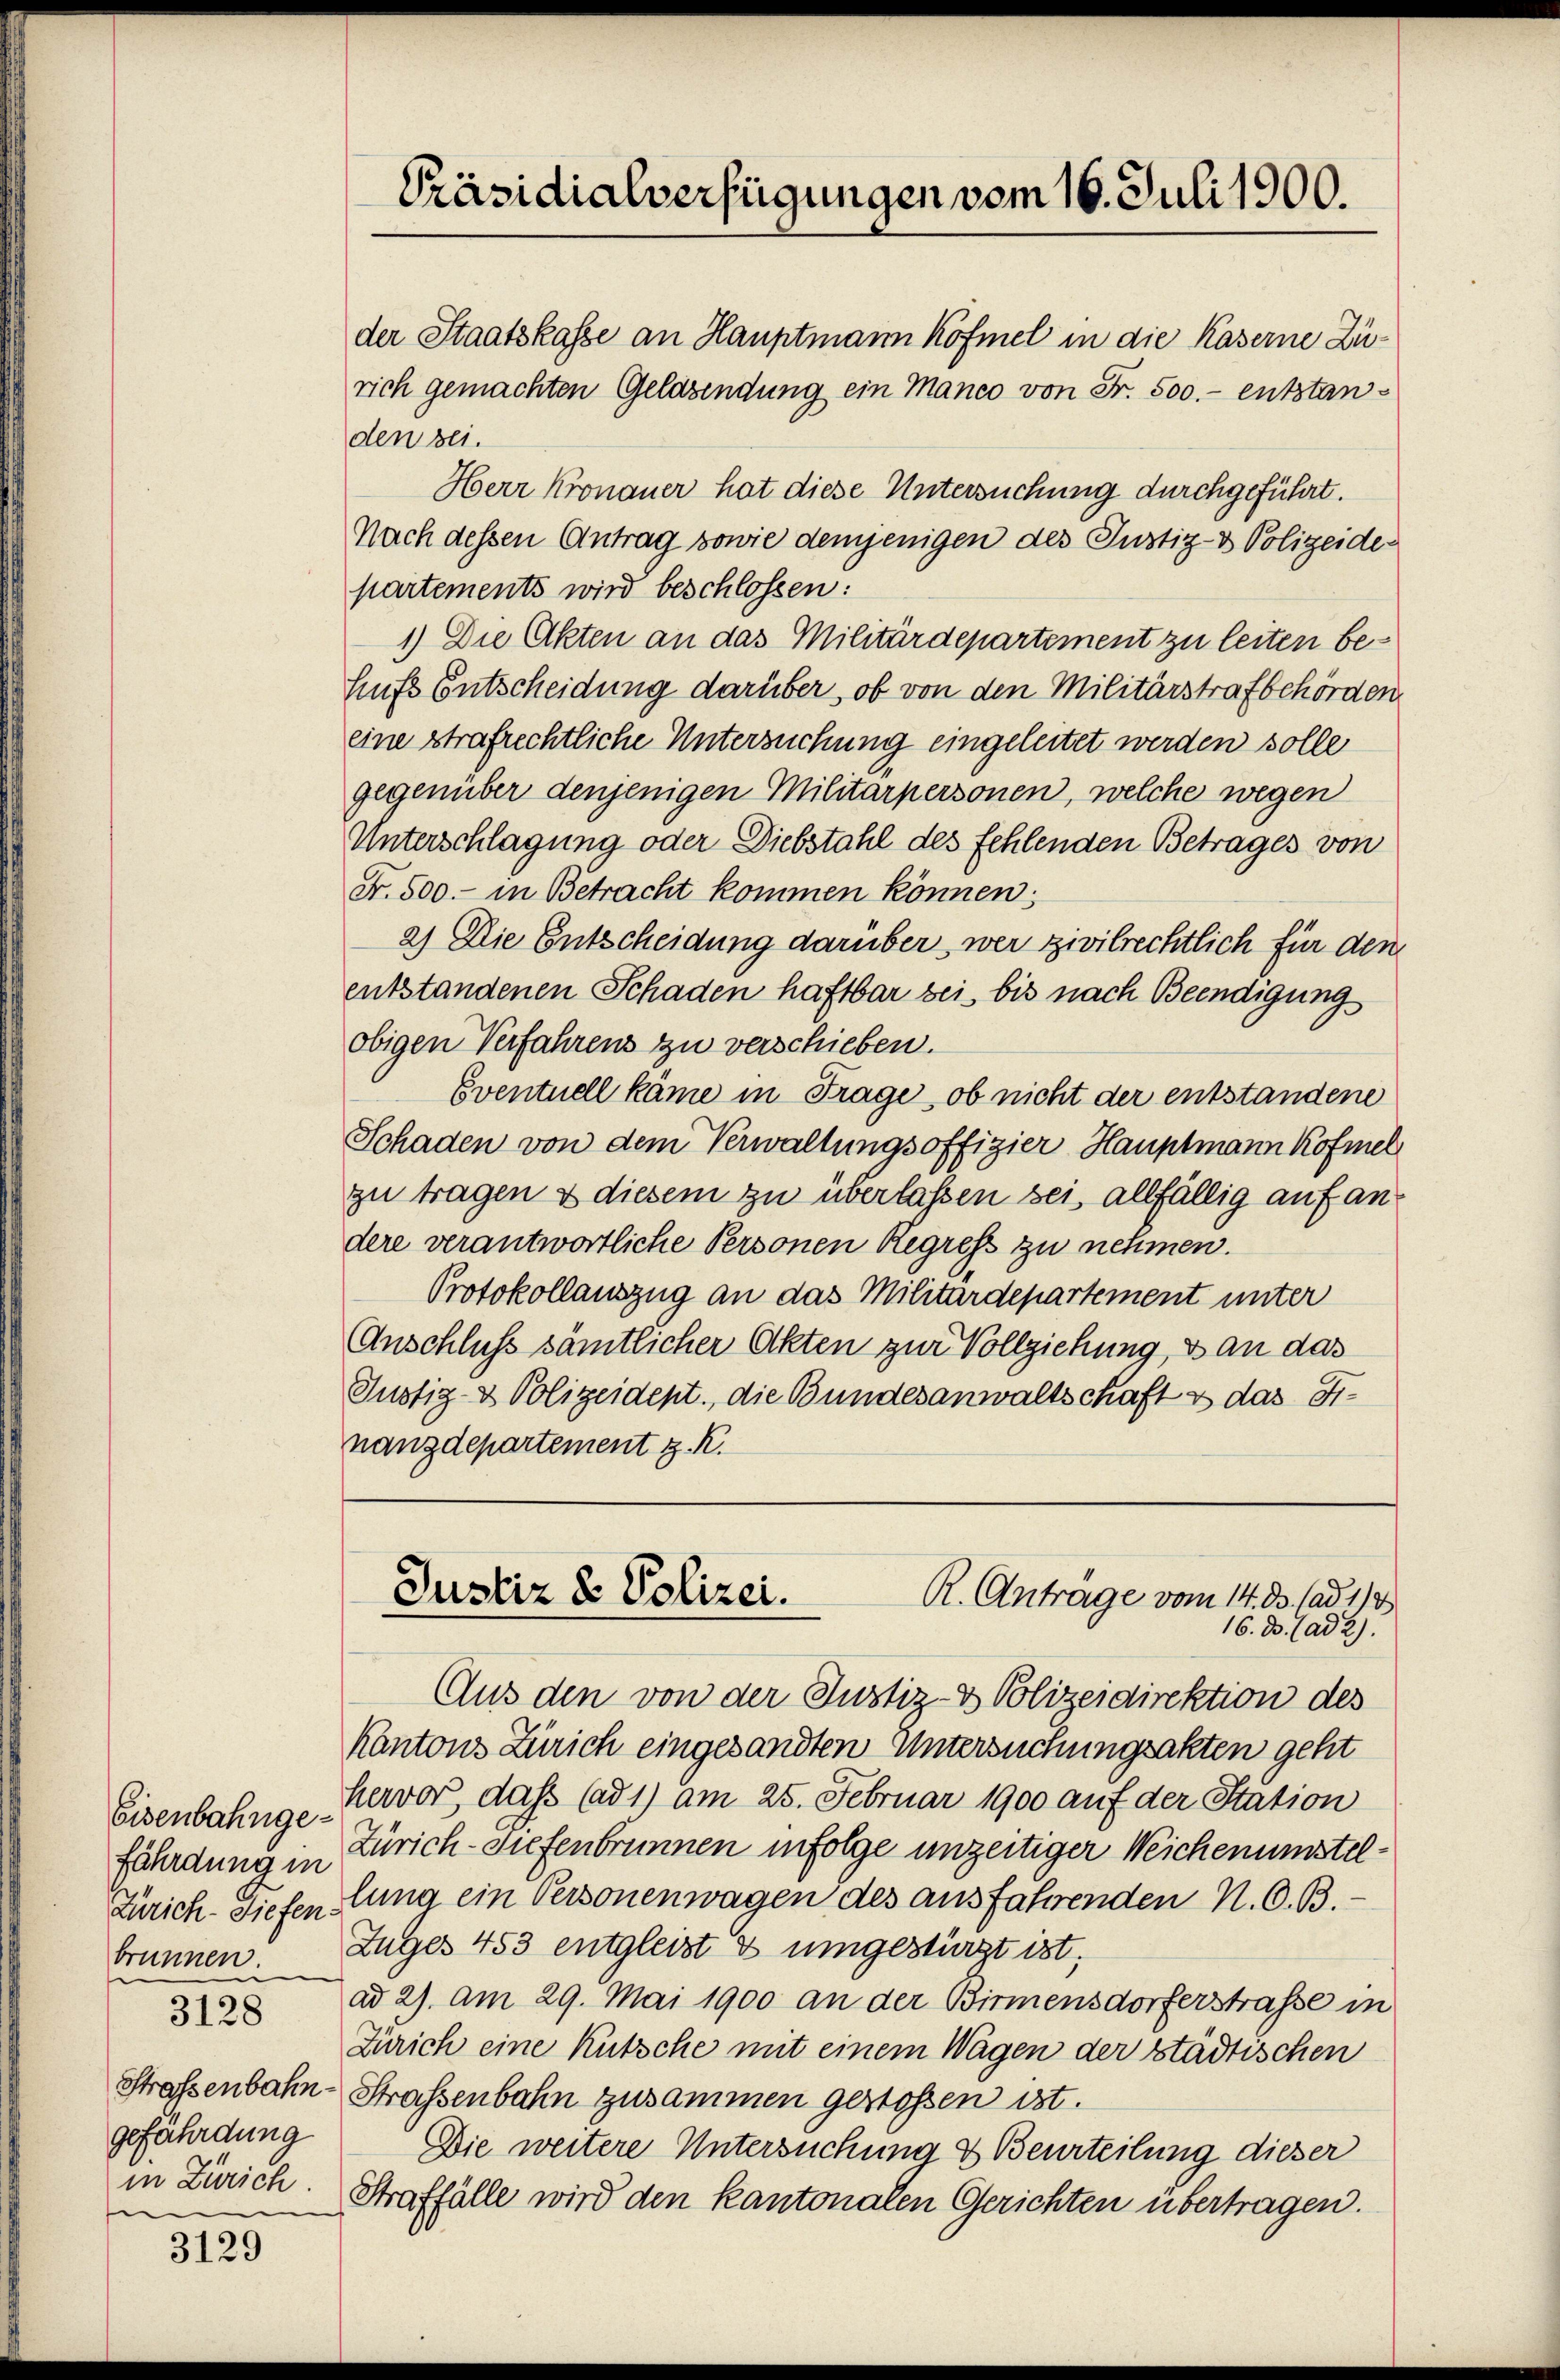
fährdung in
u
Strassenbahn-
gefährdung
in Zürich.
e

3129

Präsidialverfügungen vom 16. Juli 1900.

der Staatskasse an Hauptmann Köfmel in die Kaserne Zürich gemachten Geldsendung ein Manco von Fr. 500.- entstanden bei.
Herr Kronauer hat diese Untersuchung durchgeführt.
Nach dessen Antrag sowie demjenigen des Justiz- & Polizeide
partements wird beschlossen:
1) Die Akten an das Militärdepartement zu leiten behufs Entscheidung darüber, ob von den Militärstrafbehörden.
eine strafrechtliche Untersuchung eingeleitet werden solle
gegenüber denjenigen Militärpersonen, welche wegen
Unterschlagung oder Diebstahl des fehlenden Betrages von
Fr. 500.- in Betracht kommen können:
a) Die Entscheidung darüber, wer zivilrechtlich für den
entstandenen Schaden haftbar sei, bis nach Beendigungs
obigen Verfahrens zu verschieben.
Eventuell käme in Frage, ob nicht der entstandene
Schaden von dem Verwaltungsoffizier Hauptmann Kofmel
zu tragen & diesem zu überlassen sei, allfällig auf andere verantwortliche Personen Regress zu nehmen.
Protokollauszug an das Militärdepartement unter
Anschluss sämtlicher Akten zur Vollziehung, & an das
Justiz- & Polizeident., die Bundesanwaltschaft & das Fr.
nanzdepartement z. R.

Aus den von der Justiz- & Polizeidirektion des
Kantons Zürich eingesandten Untersuchungsakten geht
Eisenbahnge Hervor, daß (ad 1) am 25. Februar 1900 auf der Station
Zürich-Tiefenbrunnen infolge unzeitiger Weichenumstel¬
Zürich. Diefen Anna ein Personenwagen des ausfahrenden N. O. B.
brunnen. Zuges 453 entgleist & umgestürzt ist;
 ad 2) am 29. Mai 1900 an der Birmensdorferstraße in
Zürich eine Kutsche mit einem Wagen der städtischen
Strassenbahn zusammen gestossen ist.
Die weitere Untersuchung & Beurteilung dieser
Straffälle wird den kantonalen Gerichten übertragen.

Justiz & Polizei.
R. Antrage vom 14. ds. ad 1/4
16. d. ad 2)